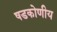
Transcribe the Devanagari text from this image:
षडकोणीय